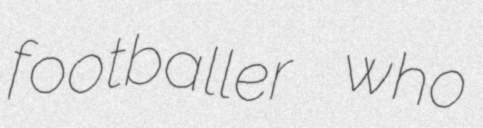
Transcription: footballer who